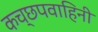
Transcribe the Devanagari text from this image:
कच्छपवाहिनी